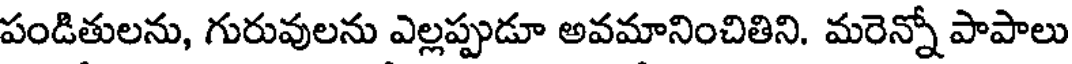
పండితులను, గురువులను ఎల్లప్పుడూ అవమానించితిని. మరెన్నో పాపాలు